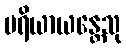
ပရိယာယန္တေသု